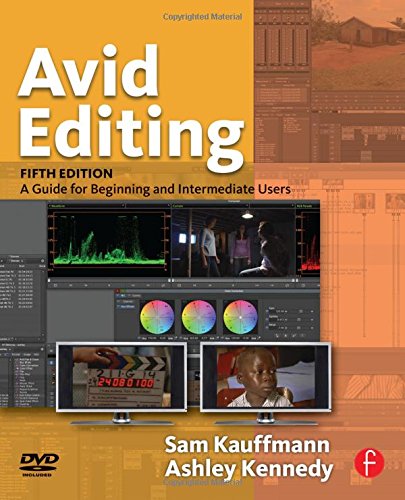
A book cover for Avid Editing: A Guide for Beginning and Intermediate Users; Sam Kauffmann; Computers & Technology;